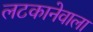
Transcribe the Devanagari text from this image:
लटकानेवाला